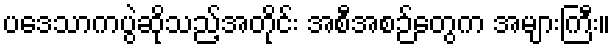
ပဒေသာကပွဲဆိုသည့်အတိုင်း အစီအစဉ်တွေက အများကြီး။